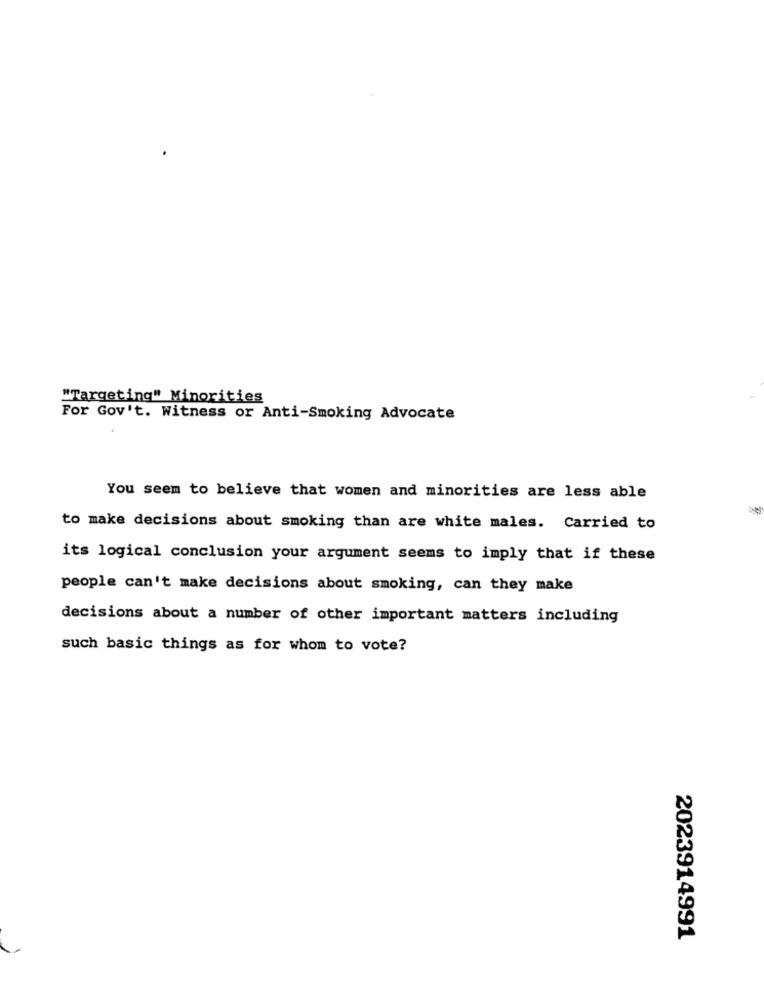
"Targeting" Minorities
For Gov't. Witness or Anti-Smoking Advocate
You seem to believe that women and minorities are less able
to make decisions about smoking than are white males. Carried to
its logical conclusion your argument seems to imply that if these
people can't make decisions about smoking, can they make
decisions about a number of other important matters including
such basic things as for whom to vote?
2023914991